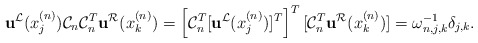
\begin{align*}\mathbf{u}^{\mathcal{L}}(x_j^{(n)}) \mathcal{C}_n\mathcal{C}_n^T \mathbf{u}^{\mathcal{R}}(x_k^{(n)})=\left[\mathcal{C}_n^T[\mathbf{u}^{\mathcal{L}}(x_j^{(n)})]^T\right]^T [\mathcal{C}_n^T \mathbf{u}^{\mathcal{R}}(x_k^{(n)})]= \omega_{n,j,k}^{-1}\delta_{j,k}.\end{align*}